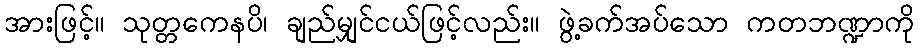
အားဖြင့်။ သုတ္တကေနပိ၊ ချည်မျှင်ငယ်ဖြင့်လည်း။ ဖွဲ့ခက်အပ်သော ကတဘဏ္ဍာကို